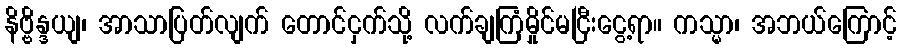
နိဗ္ဗိန္ဒယျ၊ အာသာပြတ်လျက် တောင်ငှက်သို့ လက်ချကြံမှိုင်မငြီးငွေ့ရာ။ ကသ္မာ၊ အဘယ်ကြောင့်